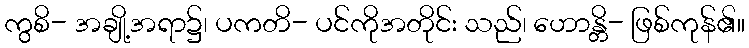
ကွစိ- အချို့အရာ၌၊ ပကတိ- ပင်ကိုအတိုင်း သည်၊ ဟောန္တိ- ဖြစ်ကုန်၏။